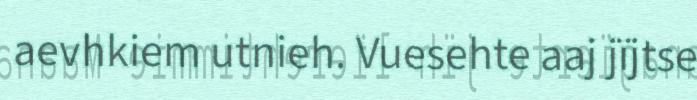
aevhkiem utnieh. Vuesehte aaj jïjtse